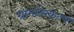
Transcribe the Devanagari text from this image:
ग्रामांतरकल्प